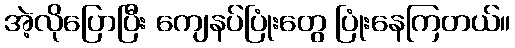
အဲ့လိုပြောပြီး ကျေနပ်ပြုံးတွေ ပြုံးနေကြတယ်။